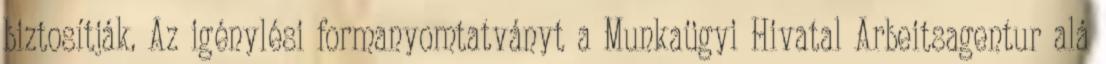
biztosítják. Az igénylési formanyomtatványt a Munkaügyi Hivatal Arbeitsagentur alá